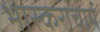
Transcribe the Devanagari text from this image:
भास्‍कराचार्य